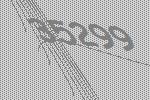
35299